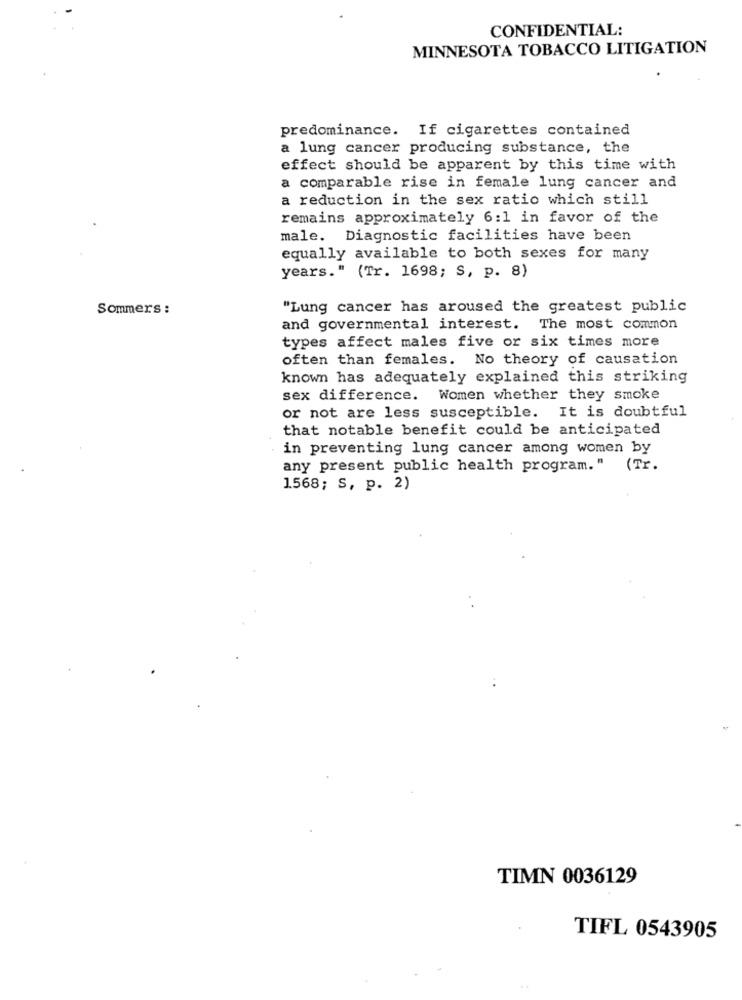
CONFIDENTIAL:
MINNESOTA TOBACCO LITIGATION
predominance. If cigarettes contained
a lung cancer producing substance, the
effect should be apparent by this time with
a comparable rise in female lung cancer and
a reduction in the sex ratio which still
remains approximately 6:1 in favor of the
male. Diagnostic facilities have been
equally available to both sexes for many
years." (Tr. 1698; S, p. 8)
Sommers :
"Lung cancer has aroused the greatest public
and governmental interest. The most common
types affect males five or six times more
often than females. No theory of causation
known has adequately explained this striking
sex difference. Women whether they smoke
or not are less susceptible. It is doubtful
that notable benefit could be anticipated
in preventing lung cancer among women by
any present public health program."
(Tr.
1568; S, p. 2)
TIMN 0036129
TIFL 0543905